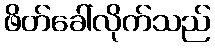
ဖိတ်ခေါ်လိုက်သည်